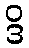
ဒိ